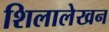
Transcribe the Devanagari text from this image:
शिलालेखन